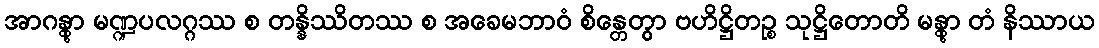
အာဂန္တွာ မဏ္ဍပလဂ္ဂဿ စ တန္နိဿိတဿ စ အခေမဘာဝံ စိန္တေတွာ ဗဟိဋ္ဌိတဉ္စ သုဋ္ဌိတောတိ မန္တွာ တံ နိဿာယ